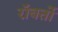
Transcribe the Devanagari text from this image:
रॉबर्तो